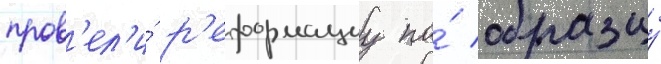
пров'ел'и́ р'еформациу по́ образцу́